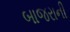
બાજરાની